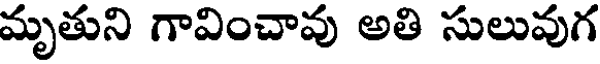
మృతుని గావించావు అతి సులువుగ